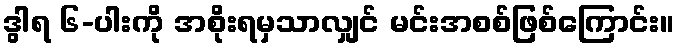
ဒွါရ ၆-ပါးကို အစိုးရမှသာလျှင် မင်းအစစ်ဖြစ်ကြောင်း။